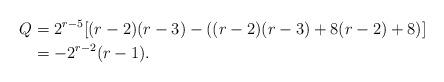
LaTeX: \begin{align*} Q &= 2^{r-5}[(r-2)(r-3) - ((r-2)(r-3) + 8(r-2) +8)]\\ &=-2^{r-2}(r-1). \end{align*}